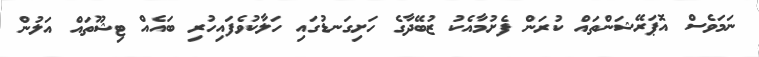
ނަމަވެސް އޮޕަރޭޝަންތައް ކުރަން ފެށުމާއެކު ޒުބޭދާގެ ހަށިގަނޑުގައި ހަލާކުވެފައިހުރި ބައެއް ޓިޝޫތައް އަލުން